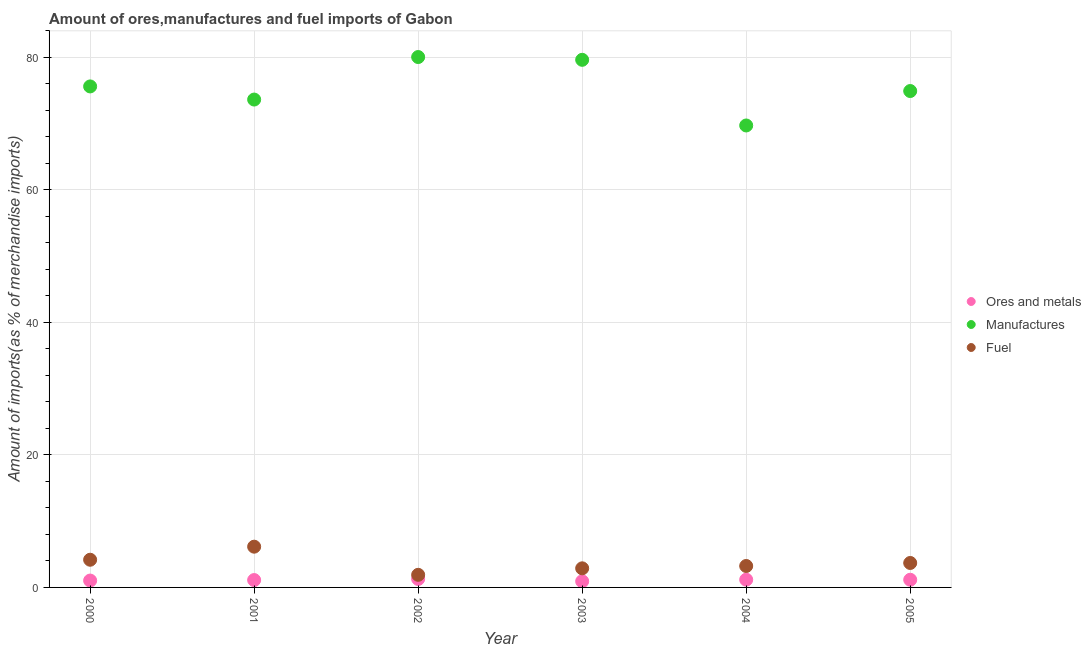
| Year | Ores and metals | Manufactures | Fuel |
 | --- | --- | --- | --- |
 | 2000 | 1.04 | 75.6 | 4.18 |
 | 2001 | 1.11 | 73.6 | 6.15 |
 | 2002 | 1.28 | 80.1 | 1.9 |
 | 2003 | 0.925 | 79.6 | 2.88 |
 | 2004 | 1.17 | 69.7 | 3.23 |
 | 2005 | 1.16 | 74.9 | 3.69 |